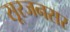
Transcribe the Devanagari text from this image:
सूरजनसर